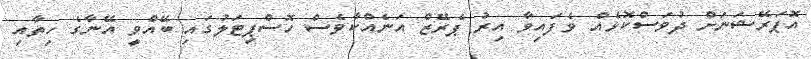
އޮޕަރޭޝަނަށް ދުވަސްކޮޅެއް ވެފައިވާ އިރު ޕެރޭޒް އަނެއްކާވެސް ހޮސްޕިިޓަލުގައި ބޭއްވީ އޭނާގެ ހިތާއި